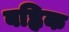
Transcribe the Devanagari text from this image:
बह्लिक